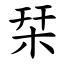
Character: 栞